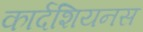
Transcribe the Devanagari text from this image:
कार्दशियनस